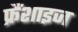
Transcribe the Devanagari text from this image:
फ्रैंशाइज